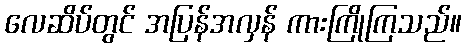
လေဆိပ်တွင် အပြန်အလှန် ကားကြိုကြသည်။